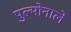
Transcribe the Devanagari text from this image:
पुल्मोनाले